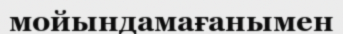
мойындамағанымен